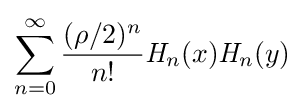
\sum _{n=0}^{\infty }{\frac {(\rho /2)^{n}}{n!}}{\mathit {H}}_{n}(x){\mathit {H}}_{n}(y)